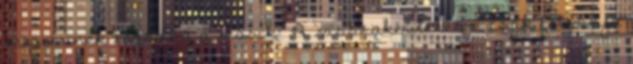
meg minek tagadná a másik? A visszakérdezésre csak felvonja